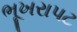
ભૂખરાપટ